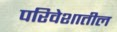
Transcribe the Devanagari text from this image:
परिवेशातील